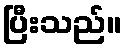
ပြီးသည်။